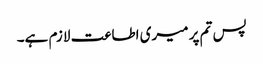
پس تم پر میری اطاعت لازم ہے۔